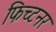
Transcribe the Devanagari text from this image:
फिच्टनर